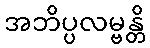
အဘိပ္ပလမ္ဗန္တိ